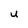
Character: U